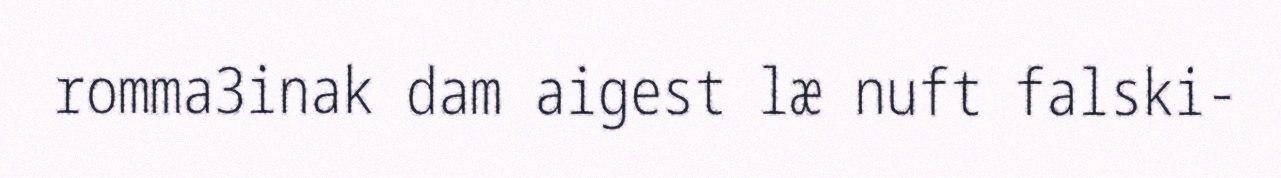
romma3inak dam aigest læ nuft falski-